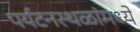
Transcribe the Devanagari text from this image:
पर्यटनस्थळांमध्ये